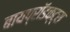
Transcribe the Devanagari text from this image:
बायप्रॉडक्ट्स